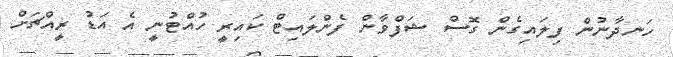
ހަނދާނުން ފިލައިގެން ގޮސް ޝަފްވާން ފެންލައިޓް ކައިރީ ހުއްޓުނީ އެ އަޑު ރީއްޗަށް